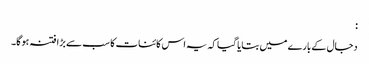
:
دجال کے بارے میں بتایا گیا کہ یہ اس کائنات کا سب سے بڑا فتنہ ہوگا۔